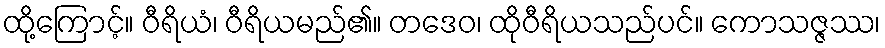
ထို့ကြောင့်။ ဝီရိယံ၊ ဝီရိယမည်၏။ တဒေဝ၊ ထိုဝီရိယသည်ပင်။ ကောသဇ္ဇဿ၊